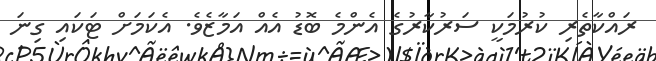
ރައްކާތެރި ކުރުމަކީ ސަރުކާރުގެ އެންމެ ބޮޑު އެއް އަމާޒެވެ. އެކަމަށް ޓަކައި ގިނަ